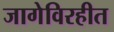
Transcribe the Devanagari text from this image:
जागेविरहीत